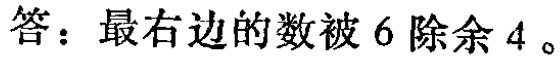
答：最右边的数被 6 除余 4。